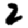
Digit: 2